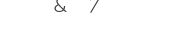
٢٠